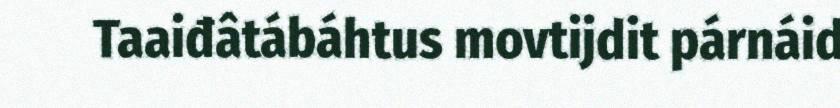
Taaiđâtábáhtus movtijdit párnáid